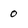
Character: 0